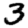
Digit: 3